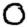
Digit: 0